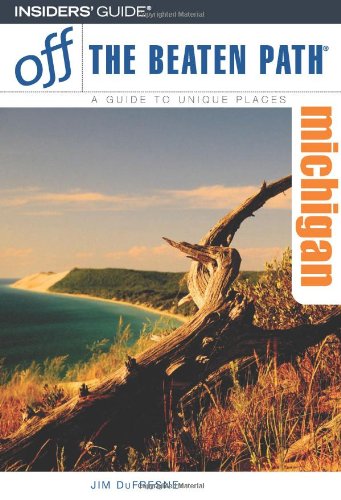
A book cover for Michigan Off the Beaten Path, 9th (Off the Beaten Path Series); Jim DuFresne; Travel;